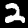
Label: 2